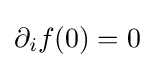
\partial _{i}f(0)=0